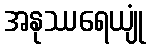
အနုဿရေယျုံ